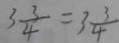
3 \frac { 3 } { 4 } = 3 \frac { 3 } { 4 }